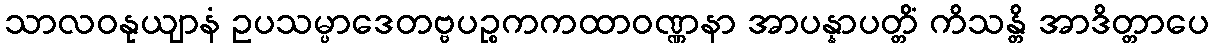
သာလဝနုယျာနံ ဥပသမ္ပာဒေတဗ္ဗပဉ္စကကထာဝဏ္ဏနာ အာပန္နာပတ္တိံ ကိသန္တိ အာဒိတ္တာပေ